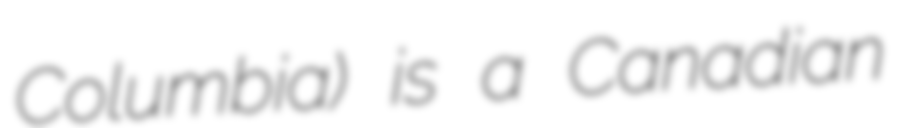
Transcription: Columbia) is a Canadian